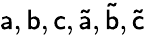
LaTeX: \mathsf{a},\mathsf{b},\mathsf{c},\mathsf{\tilde{a}},\mathsf{\tilde{b}},\mathsf{\tilde{c}}